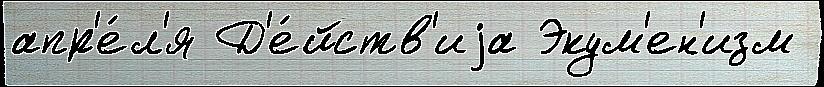
апр'е́л'я Д'е́йств'иjа Экум'ен'изм